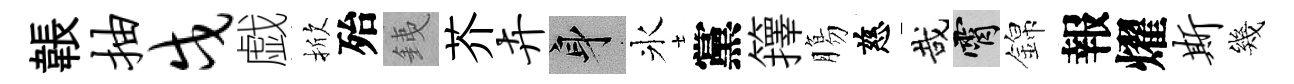
韔抽戍戯掀殆銕芥卉身氷黨籜膓慈哉霄錦報燿斯幾